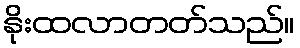
နိုးထလာတတ်သည်။